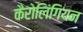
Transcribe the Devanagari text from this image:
कैरोलिंगियन